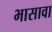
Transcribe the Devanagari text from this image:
भासावा